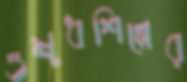
ওষুধশিল্পের